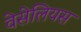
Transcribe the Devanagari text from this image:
वेसेलियस